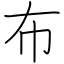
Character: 布